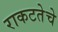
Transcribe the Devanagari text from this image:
राकटतेचे